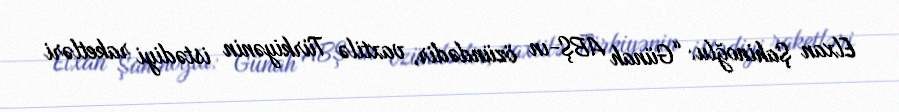
Elxan Şahinoğlu: “Günah ABŞ-ın özündədir, vaxtilə Türkiyənin istədiyi raketləri